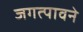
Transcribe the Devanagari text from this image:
जगत्पावने